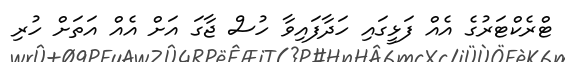
ޓްރެކްޓަރުގެ އެއް ފަޅީގައި ހަދާފައިވާ ހުސް ޖާގަ އަަށް އެއް އަތަށް ހުރި